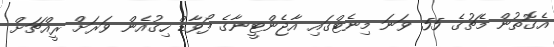
އެގޮތުން މެޗުގެ 55 ވަނަ މިނެޓްގައި އާޖެންޓީނާގެ ފޯވާޑް ހިގުއެން ވަރަށް ރީއްޗަށް